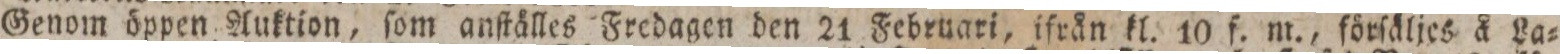
Genom öppen Auktion, ſom anſtälles Fredagen den 21 Februari, iſrån kl. 10 f. m., förſäljes å La=